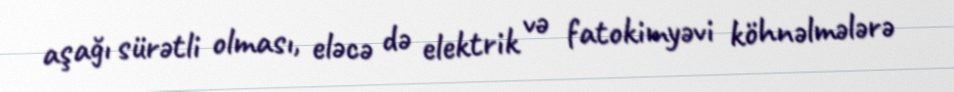
aşağı sürətli olması, eləcə də elektrik və fatokimyəvi köhnəlmələrə